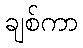
ချစ်ကာ